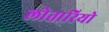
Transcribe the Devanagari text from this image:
लोतारियो